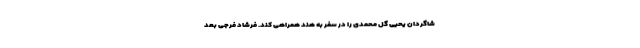
شاگردان یحیی گل محمدی را در سفر به هند همراهی کند. فرشاد فرجی بعد